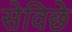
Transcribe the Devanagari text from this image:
सेविछे